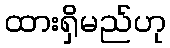
ထားရှိမည်ဟု